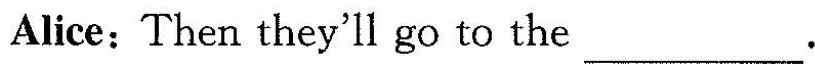
Alice:Then they'll go to the ___.